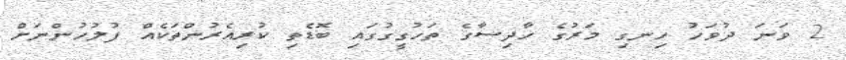
2 ވަނަ ދުވަހު ހިނގި މަރުގެ ހާދިސާގެ ތަހުގީގުގައި ބޮޑެތި ކުރިއެރުންތަކެއް ފުލުހުންނަށް